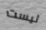
ليست